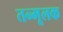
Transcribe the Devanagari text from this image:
तन्मूलक